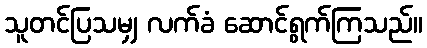
သူတင်ပြသမျှ လက်ခံ ဆောင်ရွက်ကြသည်။